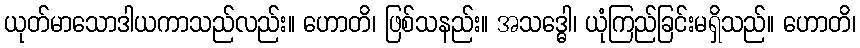
ယုတ်မာသောဒါယကာသည်လည်း။ ဟောတိ၊ ဖြစ်သနည်း။ အသဒ္ဓေါ၊ ယုံကြည်ခြင်းမရှိသည်။ ဟောတိ၊